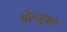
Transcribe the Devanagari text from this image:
सेल्जुकों